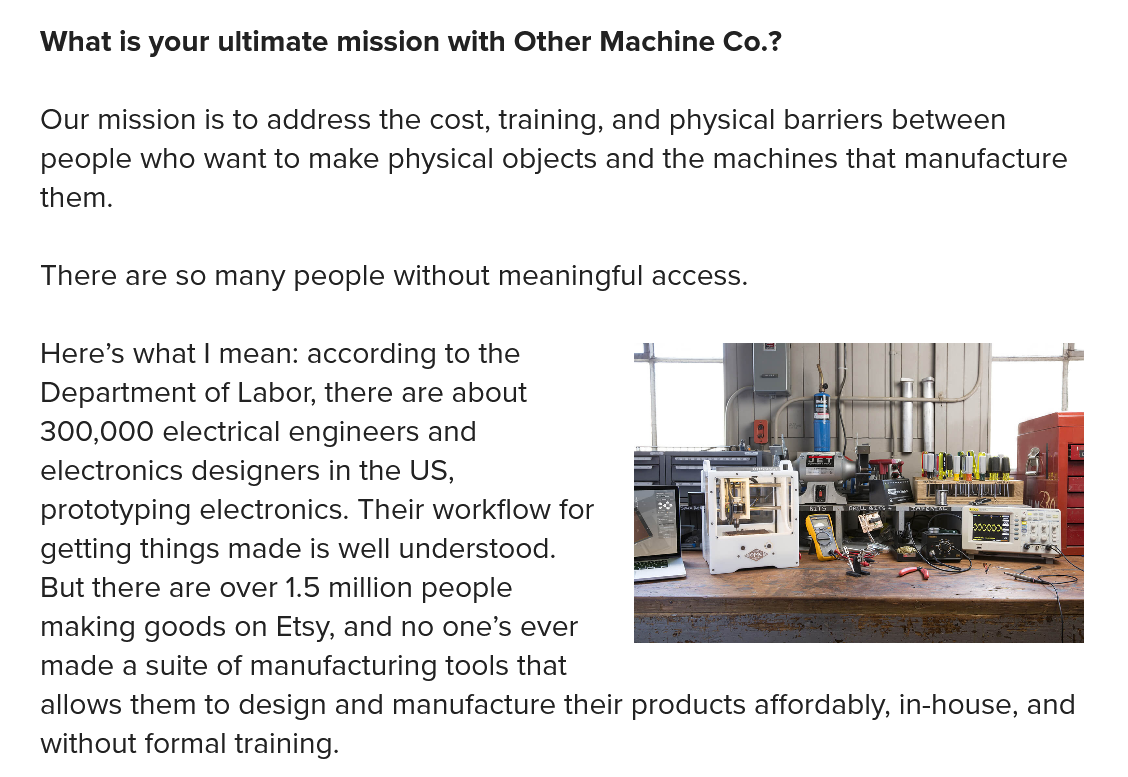
What is your ultimate mission with Other Machine Co.?
   There are so many people without meaningful access.
   Here’s what | mean: according to the
   Department of Labor, there are about
   300,000 electrical engineers and
   electronics designers in the US,
   prototyping electronics. Their workflow for
   getting things made is well understood.
   But there are over 1.5 million people
   making goods on Etsy, and no one’s ever
   made a suite of manufacturing tools that
   allows them to design and manufacture their products affordably, in-house, and
   without formal training.
   Our mission is to address the cost, training, and physical barriers between
   people who want to make physical objects and the machines that manufacture
   them.